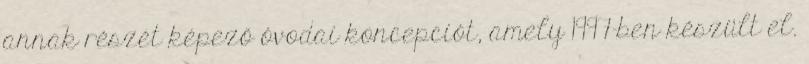
annak részét képező óvodai koncepciót, amely 1997-ben készült el.